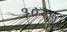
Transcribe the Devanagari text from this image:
३०२७